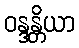
ဝန္ဒန္တိယာ